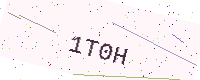
Text: 1T0H